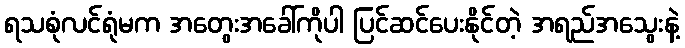
ရသစုံလင်ရုံမက အတွေးအခေါ်ကိုပါ ပြင်ဆင်ပေးနိုင်တဲ့ အရည်အသွေးနဲ့